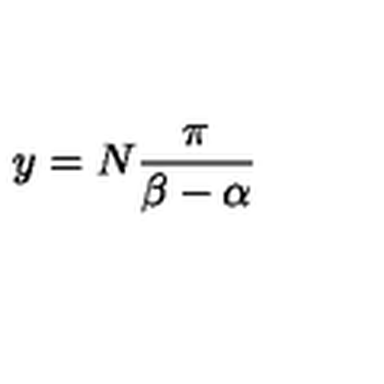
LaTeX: { y = N { \frac { \pi } { \beta - \alpha } } }